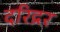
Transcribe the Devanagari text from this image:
दरिद्रर